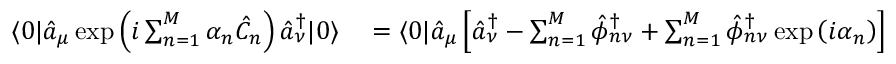
\begin{array} { r l } { \langle 0 | \hat { a } _ { \mu } \exp \left( i \sum _ { n = 1 } ^ { M } \alpha _ { n } \hat { C } _ { n } \right) \hat { a } _ { \nu } ^ { \dagger } | 0 \rangle } & { { } = \langle 0 | \hat { a } _ { \mu } \left[ \hat { a } _ { \nu } ^ { \dagger } - \sum _ { n = 1 } ^ { M } \hat { \phi } _ { n \nu } ^ { \dagger } + \sum _ { n = 1 } ^ { M } \hat { \phi } _ { n \nu } ^ { \dagger } \exp \left( i \alpha _ { n } \right) \right] | 0 \rangle } \end{array}